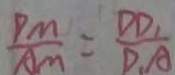
\frac { P M } { A M } = \frac { D D _ { 1 } } { D _ { 1 } A }